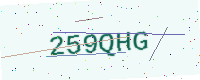
Text: 259QHG